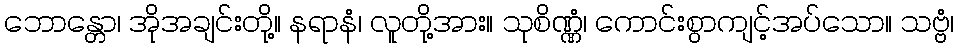
ဘောန္တော၊ အိုအချင်းတို့။ နရာနံ၊ လူတို့အား။ သုစိဏ္ဏံ၊ ကောင်းစွာကျင့်အပ်သော။ သဗ္ဗံ၊